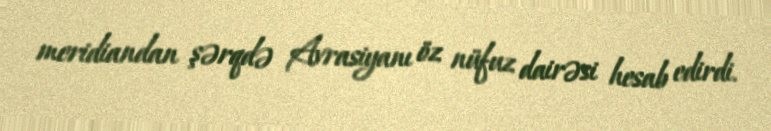
meridiandan şərqdə Avrasiyanı öz nüfuz dairəsi hesab edirdi.